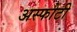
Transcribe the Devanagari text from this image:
अस्फोटी